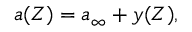
\begin{array} { r } { { a } ( Z ) = { a } _ { \infty } + y ( Z ) , } \end{array}